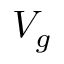
V _ { g }